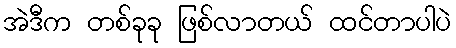
အဲဒီက တစ်ခုခု ဖြစ်လာတယ် ထင်တာပါပဲ